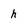
Character: h